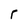
Character: r